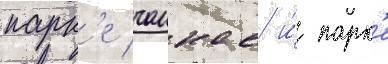
парк'е чанкае и́ парк'е